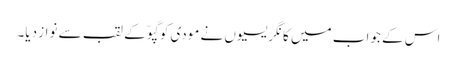
اس کے جواب میں کانگریسیوں نے مودی کو گپوّ کے لقب سے نواز دیا۔